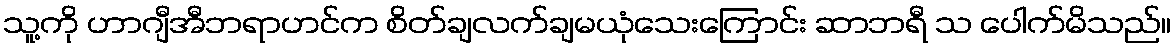
သူ့ကို ဟာဂျီအီဘရာဟင်က စိတ်ချလက်ချမယုံသေးကြောင်း ဆာဘရီ သ ပေါက်မိသည်။